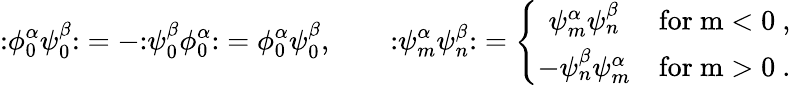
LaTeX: \mathopen:\phi_{0}^{\alpha}\psi_{0}^{\beta}\mathclose:=-\mathopen:\psi_{0}^{\beta}\phi_{0}^{\alpha}\mathclose:=\phi_{0}^{\alpha}\psi_{0}^{\beta},\qquad\mathopen:\psi_{m}^{\alpha}\psi_{n}^{\beta}\mathclose:=\left\{ \begin{array}{cl}{{\psi_{m}^{\alpha}\psi_{n}^{\beta}}}&{{\mathrm{for~m<0~},}}\\ {{-\psi_{n}^{\beta}\psi_{m}^{\alpha}}}&{{\mathrm{for~m>0~}.}}\end{array}\right.